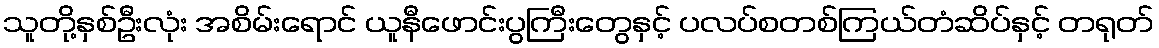
သူတို့နှစ်ဦးလုံး အစိမ်းရောင် ယူနီဖောင်းပွကြီးတွေနှင့် ပလပ်စတစ်ကြယ်တံဆိပ်နှင့် တရုတ်